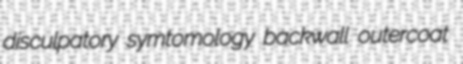
disculpatory symtomology backwall outercoat